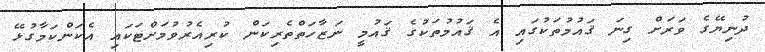
ދުނިޔޭގެ ވަރަށް ގިނަ ޤައުމުތަކުގައި އެ ޤައުމުތަކުގެ ޤައުމީ ނަޒާހަތްތެރިކަން ކުރިއެރުވުމަށްޓަކައި އެކަންކަމާގުޅޭ